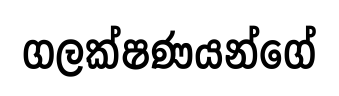
ගලක්ෂණයන්ගේ